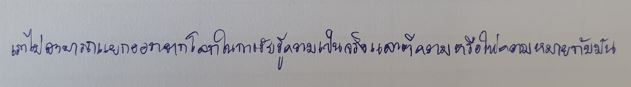
เราไม่สามารถแยกออกจากโลกในการรับรู้ความเป็นจริงและตีความหรือให้ความหมายกับมัน